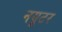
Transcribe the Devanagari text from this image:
नयूटर